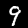
Digit: 9